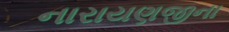
નારાયણજીના